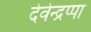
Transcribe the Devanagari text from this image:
देवेन्द्रप्पा